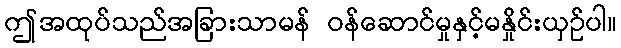
ဤအထုပ်သည်အခြားသာမန် ဝန်ဆောင်မှုနှင့်မနှိုင်းယှဉ်ပါ။